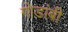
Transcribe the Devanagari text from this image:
गोडांबी